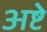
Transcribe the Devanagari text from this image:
अष्टे